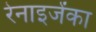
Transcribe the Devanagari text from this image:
रेनाइजेंका